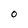
Character: 0